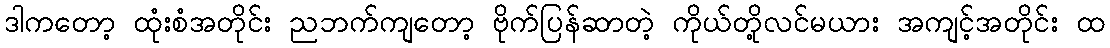
ဒါကတော့ ထုံးစံအတိုင်း ညဘက်ကျတော့ ဗိုက်ပြန်ဆာတဲ့ ကိုယ်တို့လင်မယား အကျင့်အတိုင်း ထ